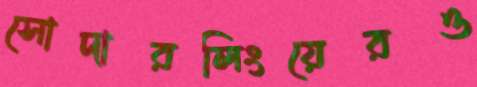
সোদারলিংয়েরও